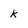
Character: k